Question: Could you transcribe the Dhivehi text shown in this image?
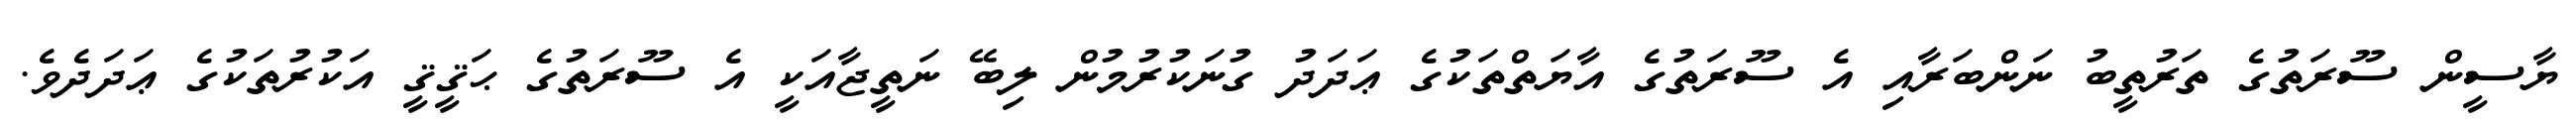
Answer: ޔާސީން ސޫރަތުގެ ތަރުތީބު ނަންބަރާއި އެ ސޫރަތުގެ އާޔަތްތަކުގެ ޢަދަދު ގުނަކުރުމުން ލިބޭ ނަތީޖާއަކީ އެ ސޫރަތުގެ ޙަޤީޤީ އަކުރުތަކުގެ ޢަދަދެވެ.